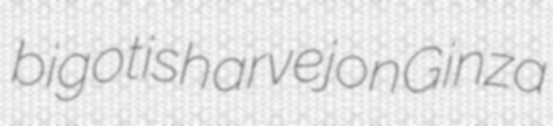
bigotish arvejon Ginza